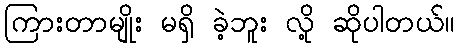
ကြားတာမျိုး မရှိ ခဲ့ဘူး လို့ ဆိုပါတယ်။